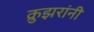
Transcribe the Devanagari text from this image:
क्रुझरांनी